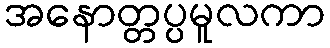
အနောတ္တပ္ပမူလကာ